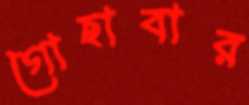
গোছাবার